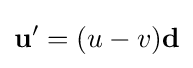
\mathbf {u} '=(u-v)\mathbf {d}